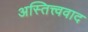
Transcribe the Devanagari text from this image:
अस्तित्त्ववाद